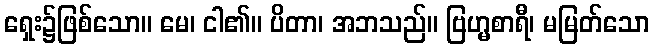
ရှေး၌ဖြစ်သော။ မေ၊ ငါ၏။ ပိတာ၊ အဘသည်။ ဗြဟ္မစာရီ၊ မမြတ်သော